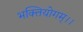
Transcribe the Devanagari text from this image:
भक्तियोगम्‌।।